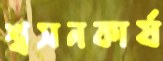
শ্বসনকার্য